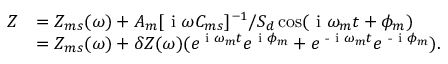
\begin{array} { r l } { Z } & { = Z _ { m s } ( \omega ) + A _ { m } [ \textrm { i } \omega C _ { m s } ] ^ { - 1 } / S _ { d } \cos ( \textrm { i } \omega _ { m } t + \phi _ { m } ) } \\ & { = Z _ { m s } ( \omega ) + \delta Z ( \omega ) ( e ^ { \textrm { i } \omega _ { m } t } e ^ { \textrm { i } \phi _ { m } } + e ^ { \textrm { - i } \omega _ { m } t } e ^ { \textrm { - i } \phi _ { m } } ) . } \end{array}